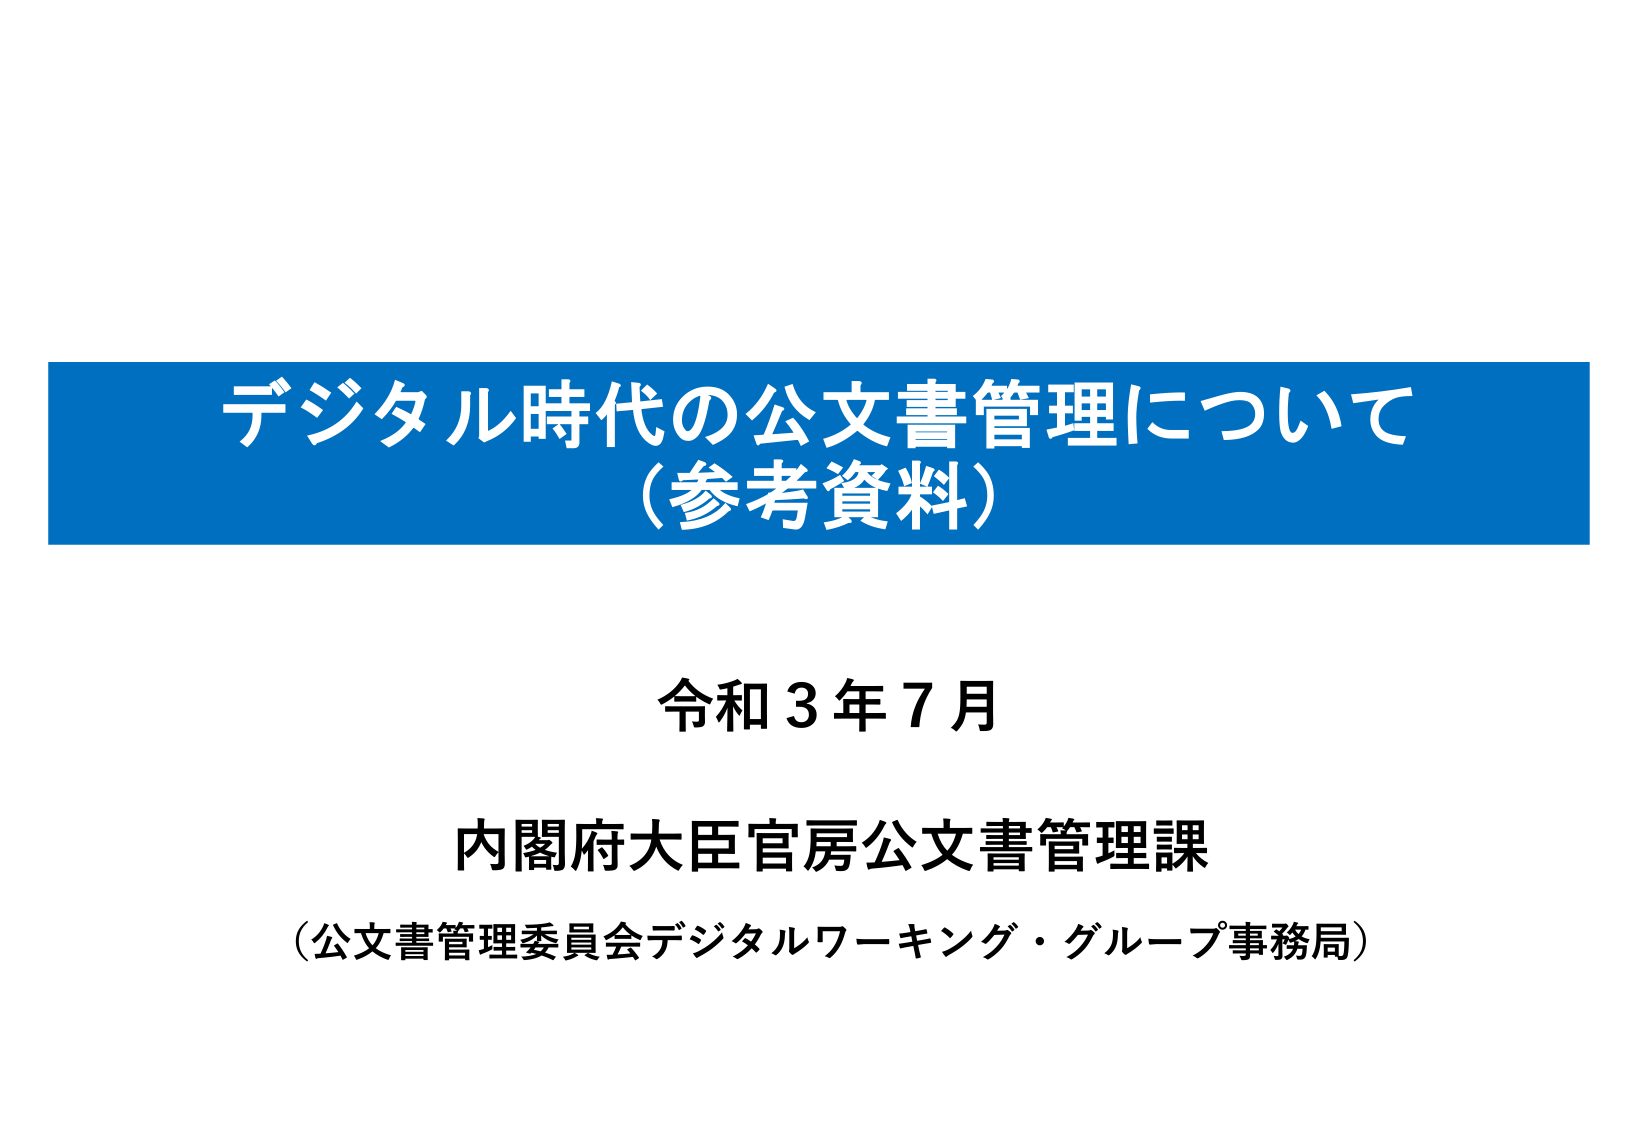
デジタル時代の公文書管理について
（参考資料）

令和３年７月

内閣府大臣官房公文書管理課
（公文書管理委員会デジタルワーキング・グループ事務局）